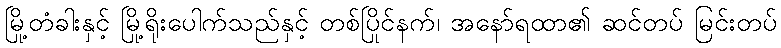
မြို့တံခါးနှင့် မြို့ရိုးပေါက်သည်နှင့် တစ်ပြိုင်နက်၊ အနော်ရထာ၏ ဆင်တပ် မြင်းတပ်